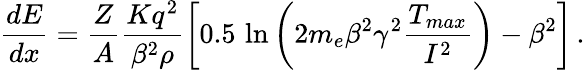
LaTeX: \frac{dE}{dx}=\frac{Z}{A}\frac{Kq^{2}}{\beta^{2}\rho}\left[0.5\, \ln\left(2m_{e}\beta^{2}\gamma^{2}\frac{T_{max}}{I^{2}}\right)-\beta^{2}\right]\, .